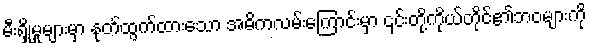
မီးရှို့မှုများမှာ နုတ်ထွက်ထားသော အဓိကလမ်းကြောင်းမှာ ၎င်းတို့ကိုယ်တိုင်၏ဘဝများကို